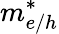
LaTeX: m_{e/h}^{*}